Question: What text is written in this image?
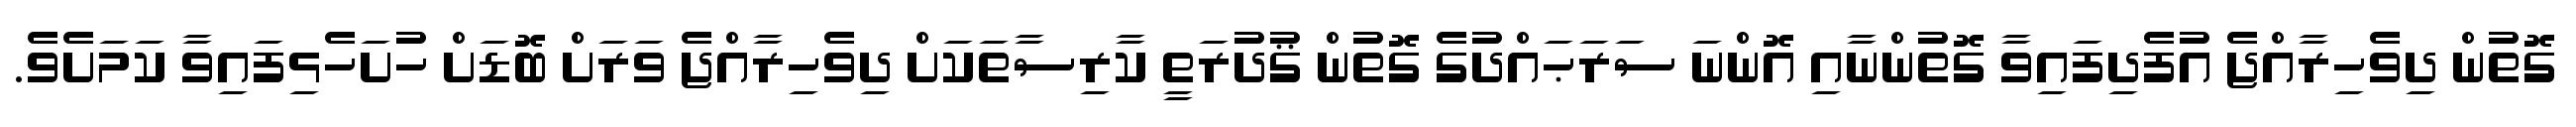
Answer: ގޮތުން ދިވެހިރާއްޖެ އުފެދިފައިވާ ގޮތުންނާއި އޮންނަ ސަރަޙައްދުގެ ގޮތުން ޤުދުރަތީ ކާރިސާތަކަށް ދިވެހިރާއްޖެ ވަރަށް ބޮޑަށް ހުށަހެޅިފައިވާ ކަމަށެވެ.